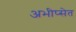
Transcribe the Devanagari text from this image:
अभीप्सेत